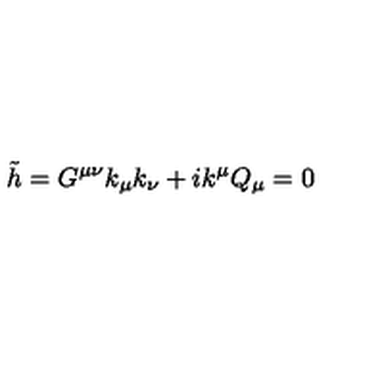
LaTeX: \tilde { h } = G ^ { \mu \nu } k _ { \mu } k _ { \nu } + i k ^ { \mu } Q _ { \mu } = 0